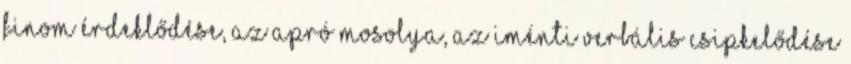
finom érdeklődése, az apró mosolya, az iménti verbális csipkelődése